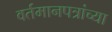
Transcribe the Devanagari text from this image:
वर्तमानपत्रांच्या